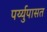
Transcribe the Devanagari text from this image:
पर्य्युपासत